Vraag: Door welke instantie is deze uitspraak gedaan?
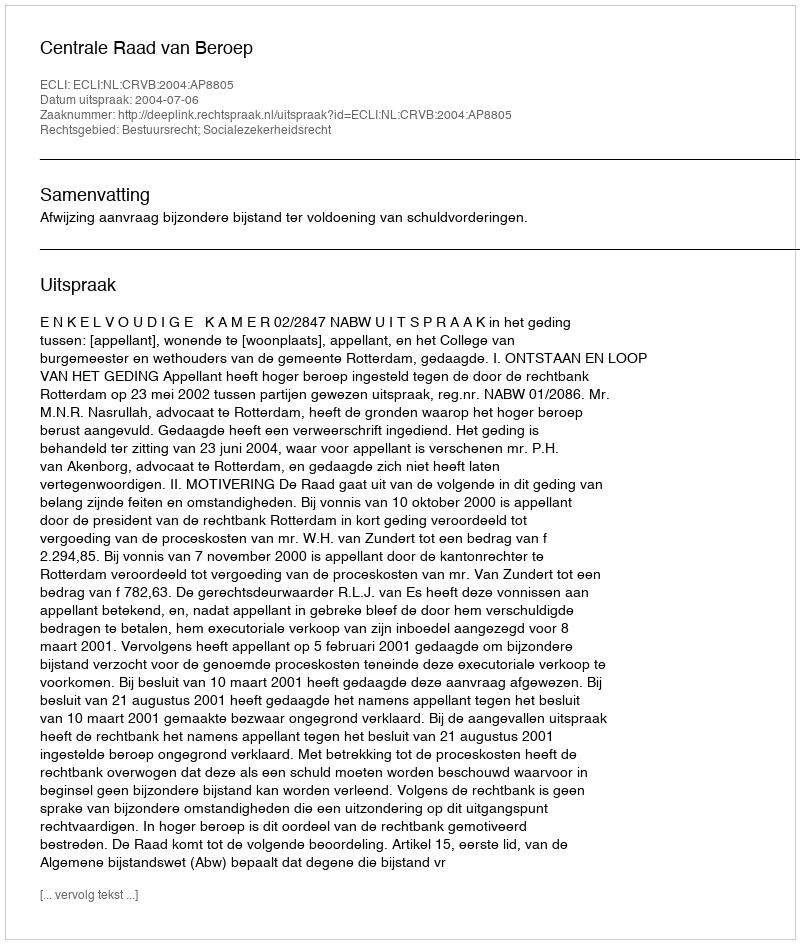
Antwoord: Centrale Raad van Beroep